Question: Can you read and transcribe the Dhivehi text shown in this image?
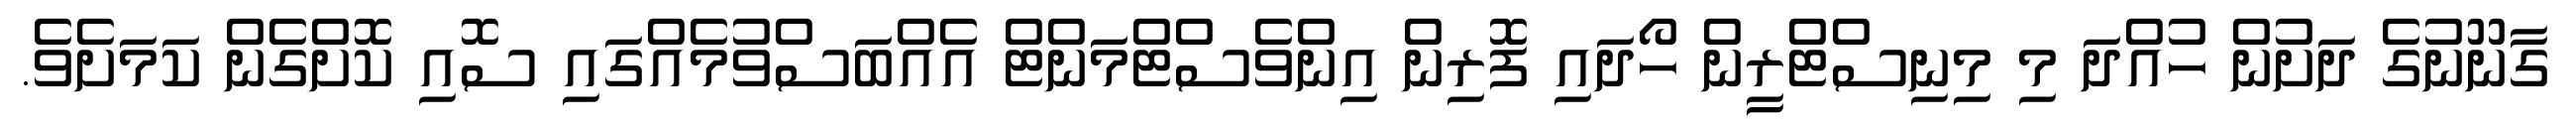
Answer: ގާނޫނުގެ ދަށުން ހުއްދަ މި މިނިސްޓްރީން ހޯދައި ފޮރިން އިންވެސްޓްމަންޓް އެއްބަސްވުމެއްގައި ސޮއި ކޮށްގެން ކަމަށެވެ.